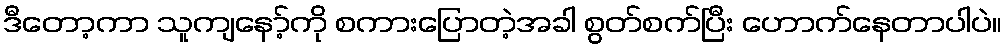
ဒီတော့ကာ သူကျနော့်ကို စကားပြောတဲ့အခါ စွတ်စက်ပြီး ဟောက်နေတာပါပဲ။